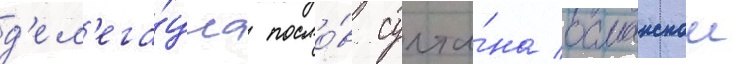
д'ел'ега́циа посло́в султа́на османскои